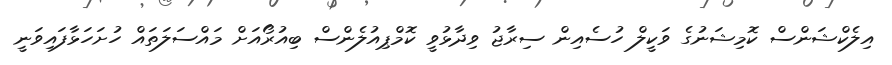
އިލެކްޝަންސް ކޮމިޝަނުގެ ވަކީލް ހުސެއިން ސިރާޖު ވިދާޅުވީ ކޮމްޕިއުލެންސް ބިއުރޯއަށް މައްސަލަތައް ހުށަހަޅާފައިވަނީ